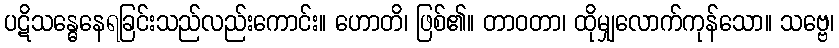
ပဋိသန္ဓေနေရခြင်းသည်လည်းကောင်း။ ဟောတိ၊ ဖြစ်၏။ တာဝတာ၊ ထိုမျှလောက်ကုန်သော။ သဗ္ဗေ၊